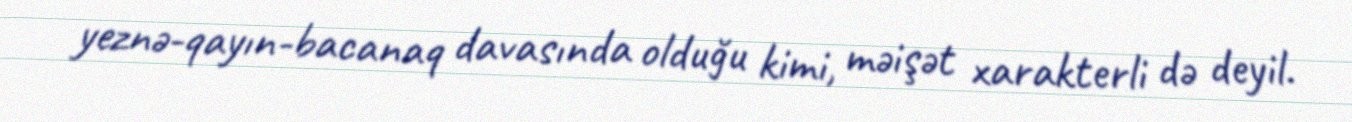
yeznə-qayın-bacanaq davasında olduğu kimi, məişət xarakterli də deyil.